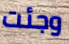
وجئت